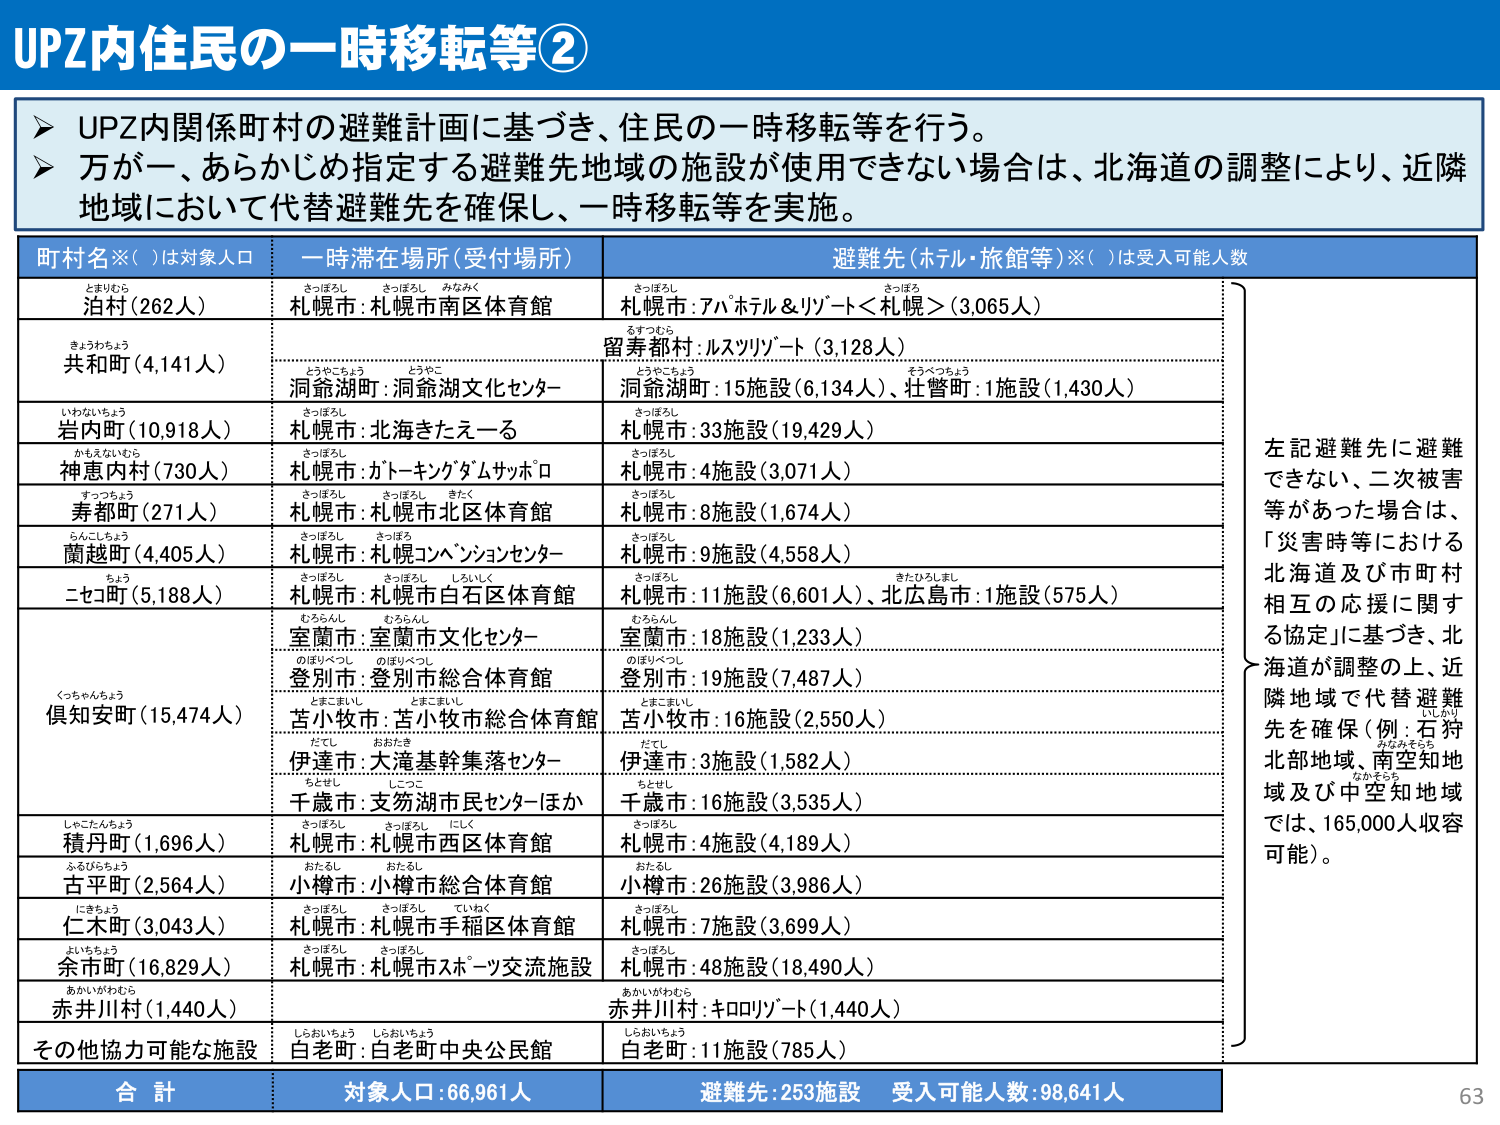
UPZ内住民の一時移転等②

➤ UPZ内関係町村の避難計画に基づき、住民の一時移転等を行う。
➤ 万が一、あらかじめ指定する避難先地域の施設が使用できない場合は、北海道の調整により、近隣地域において代替避難先を確保し、一時移転等を実施。

町村名※（ ）は対象人口　　一時滞在場所（受付場所）　　避難先（ホテル・旅館等）※（ ）は受入可能人数

とまりむら
泊村（262人）　　さっぽろし さっぽろし みなみく
札幌市：札幌市南区体育館　　さっぽろし さっぽろ
札幌市：7アホテル＆リゾート＜札幌＞（3,065人）

きょうわちょう
共和町（4,141人）　　るすつむら
留寿都村：ルスツリゾート（3,128人）
　　とうやこちょう とうこ
洞爺湖町：洞爺湖文化センター　　とうやこちょう そうべつちょう
洞爺湖町：15施設（6,134人）、壮瞥町：1施設（1,430人）

いわないちょう
岩内町（10,918人）　　さっぽろし
札幌市：北海きたえーる　　さっぽろし
札幌市：33施設（19,429人）

かもえないむら
神恵内村（730人）　　さっぽろし
札幌市：ガトーキングダムサッポロ　　さっぽろし
札幌市：4施設（3,071人）

すっつぼう
寿都町（271人）　　さっぽろし さっぽろ きたく
札幌市：札幌市北区体育館　　さっぽろし
札幌市：8施設（1,674人）

らんこちょう
蘭越町（4,405人）　　さっぽろし さっぽろ
札幌市：札幌コンベンションセンター　　さっぽろし
札幌市：9施設（4,558人）

ちょう
ニセコ町（5,188人）　　さっぽろし さっぽろし しろいしく
札幌市：札幌市白石区体育館　　さっぽろし きたひらしまし
札幌市：11施設（6,601人）、北広島市：1施設（575人）

くちゃやんちょう
倶知安町（15,474人）　　むららんし むららんし
室蘭市：室蘭市文化センター　　むららんし
室蘭市：18施設（1,233人）
　　のぼりべつし のぼりべつし
登別市：登別市総合体育館　　のぼりべつし
登別市：19施設（7,487人）
　　とまこまいし とまこまいし
苫小牧市：苫小牧市総合体育館　　とまこまいし
苫小牧市：16施設（2,550人）
　　だし おおたき
伊達市：大滝基幹集落センター　　だし
伊達市：3施設（1,582人）
　　ちとせし しこつ
千歳市：支笏湖市民センターほか　　ちとせし
千歳市：16施設（3,535人）

しゃこたんちょう
積丹町（1,696人）　　さっぽろし さっぽろし にしく
札幌市：札幌市西区体育館　　さっぽろし
札幌市：4施設（4,189人）

ふるびらちょう
古平町（2,564人）　　おたるし おたるし
小樽市：小樽市総合体育館　　おたるし
小樽市：26施設（3,986人）

にきちょう
仁木町（3,043人）　　さっぽろし さっぽろし ていねく
札幌市：札幌市手稲区体育館　　さっぽろし
札幌市：7施設（3,699人）

よいちちょう
余市町（16,829人）　　さっぽろし さっぽろし
札幌市：札幌市スポーツ交流施設　　さっぽろし
札幌市：48施設（18,490人）

あかいがわむら
赤井川村（1,440人）　　あかいがわむら
赤井川村：キロリゾート（1,440人）

しらおいちょう しらおいちょう
その他協力可能な施設　　白老町：白老町中央公民館　　しらおいちょう
白老町：11施設（785人）

合 計　　対象人口：66,961人　　避難先：253施設　受入可能人数：98,641人

左記避難先に避難できない、二次被害等があった場合は、「災害時等における北海道及び市町村相互の応援に関する協定」に基づき、北海道が調整の上、近隣地域で代替避難先を確保（例：石狩北部地域、南空知地域及び中空知地域では、165,000人収容可能）。

63